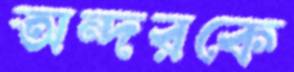
অন্দরকে